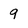
Character: 9